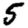
Digit: 5